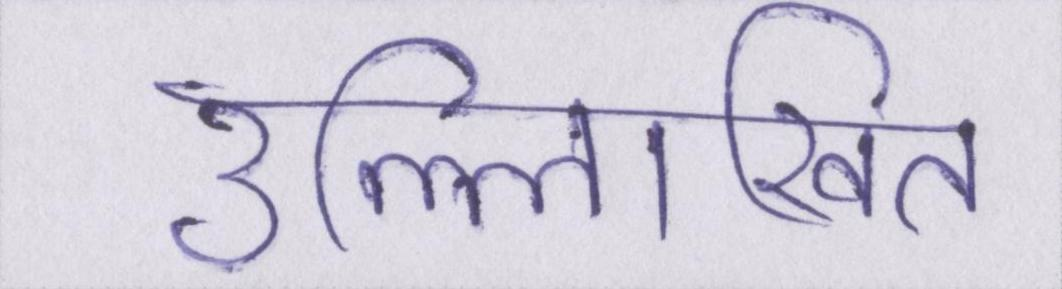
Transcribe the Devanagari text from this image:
उल्लिखित